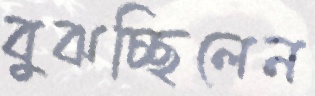
বুঝচ্ছিলেন